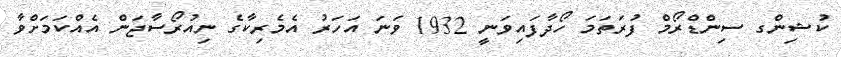
ކުޝިންގ ސިންޑްރޯމް ފުރަތަމަ ހޯދާފައިވަނީ 1932 ވަނަ އަހަރު އެމެރިކާގެ ނިއުރޯސާޖަން އެއްކަމަށްވާ